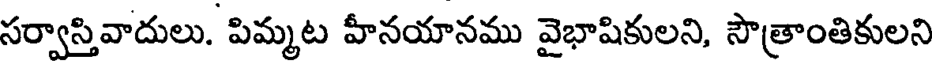
సర్వాస్తివాదులు. పిమ్మట హీనయానము వైభాషికులని, సౌత్రాంతికులని